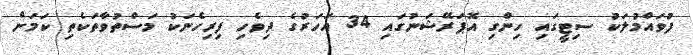
ފުވައްމުލަކު ސިޓީގައި ހިންގި އޮޕަރޭޝަނުގައި 34 އަހަރުގެ ދިވެހި ފިރިހެނަކު މަސްތުވާތަކެތި ކަމަށް